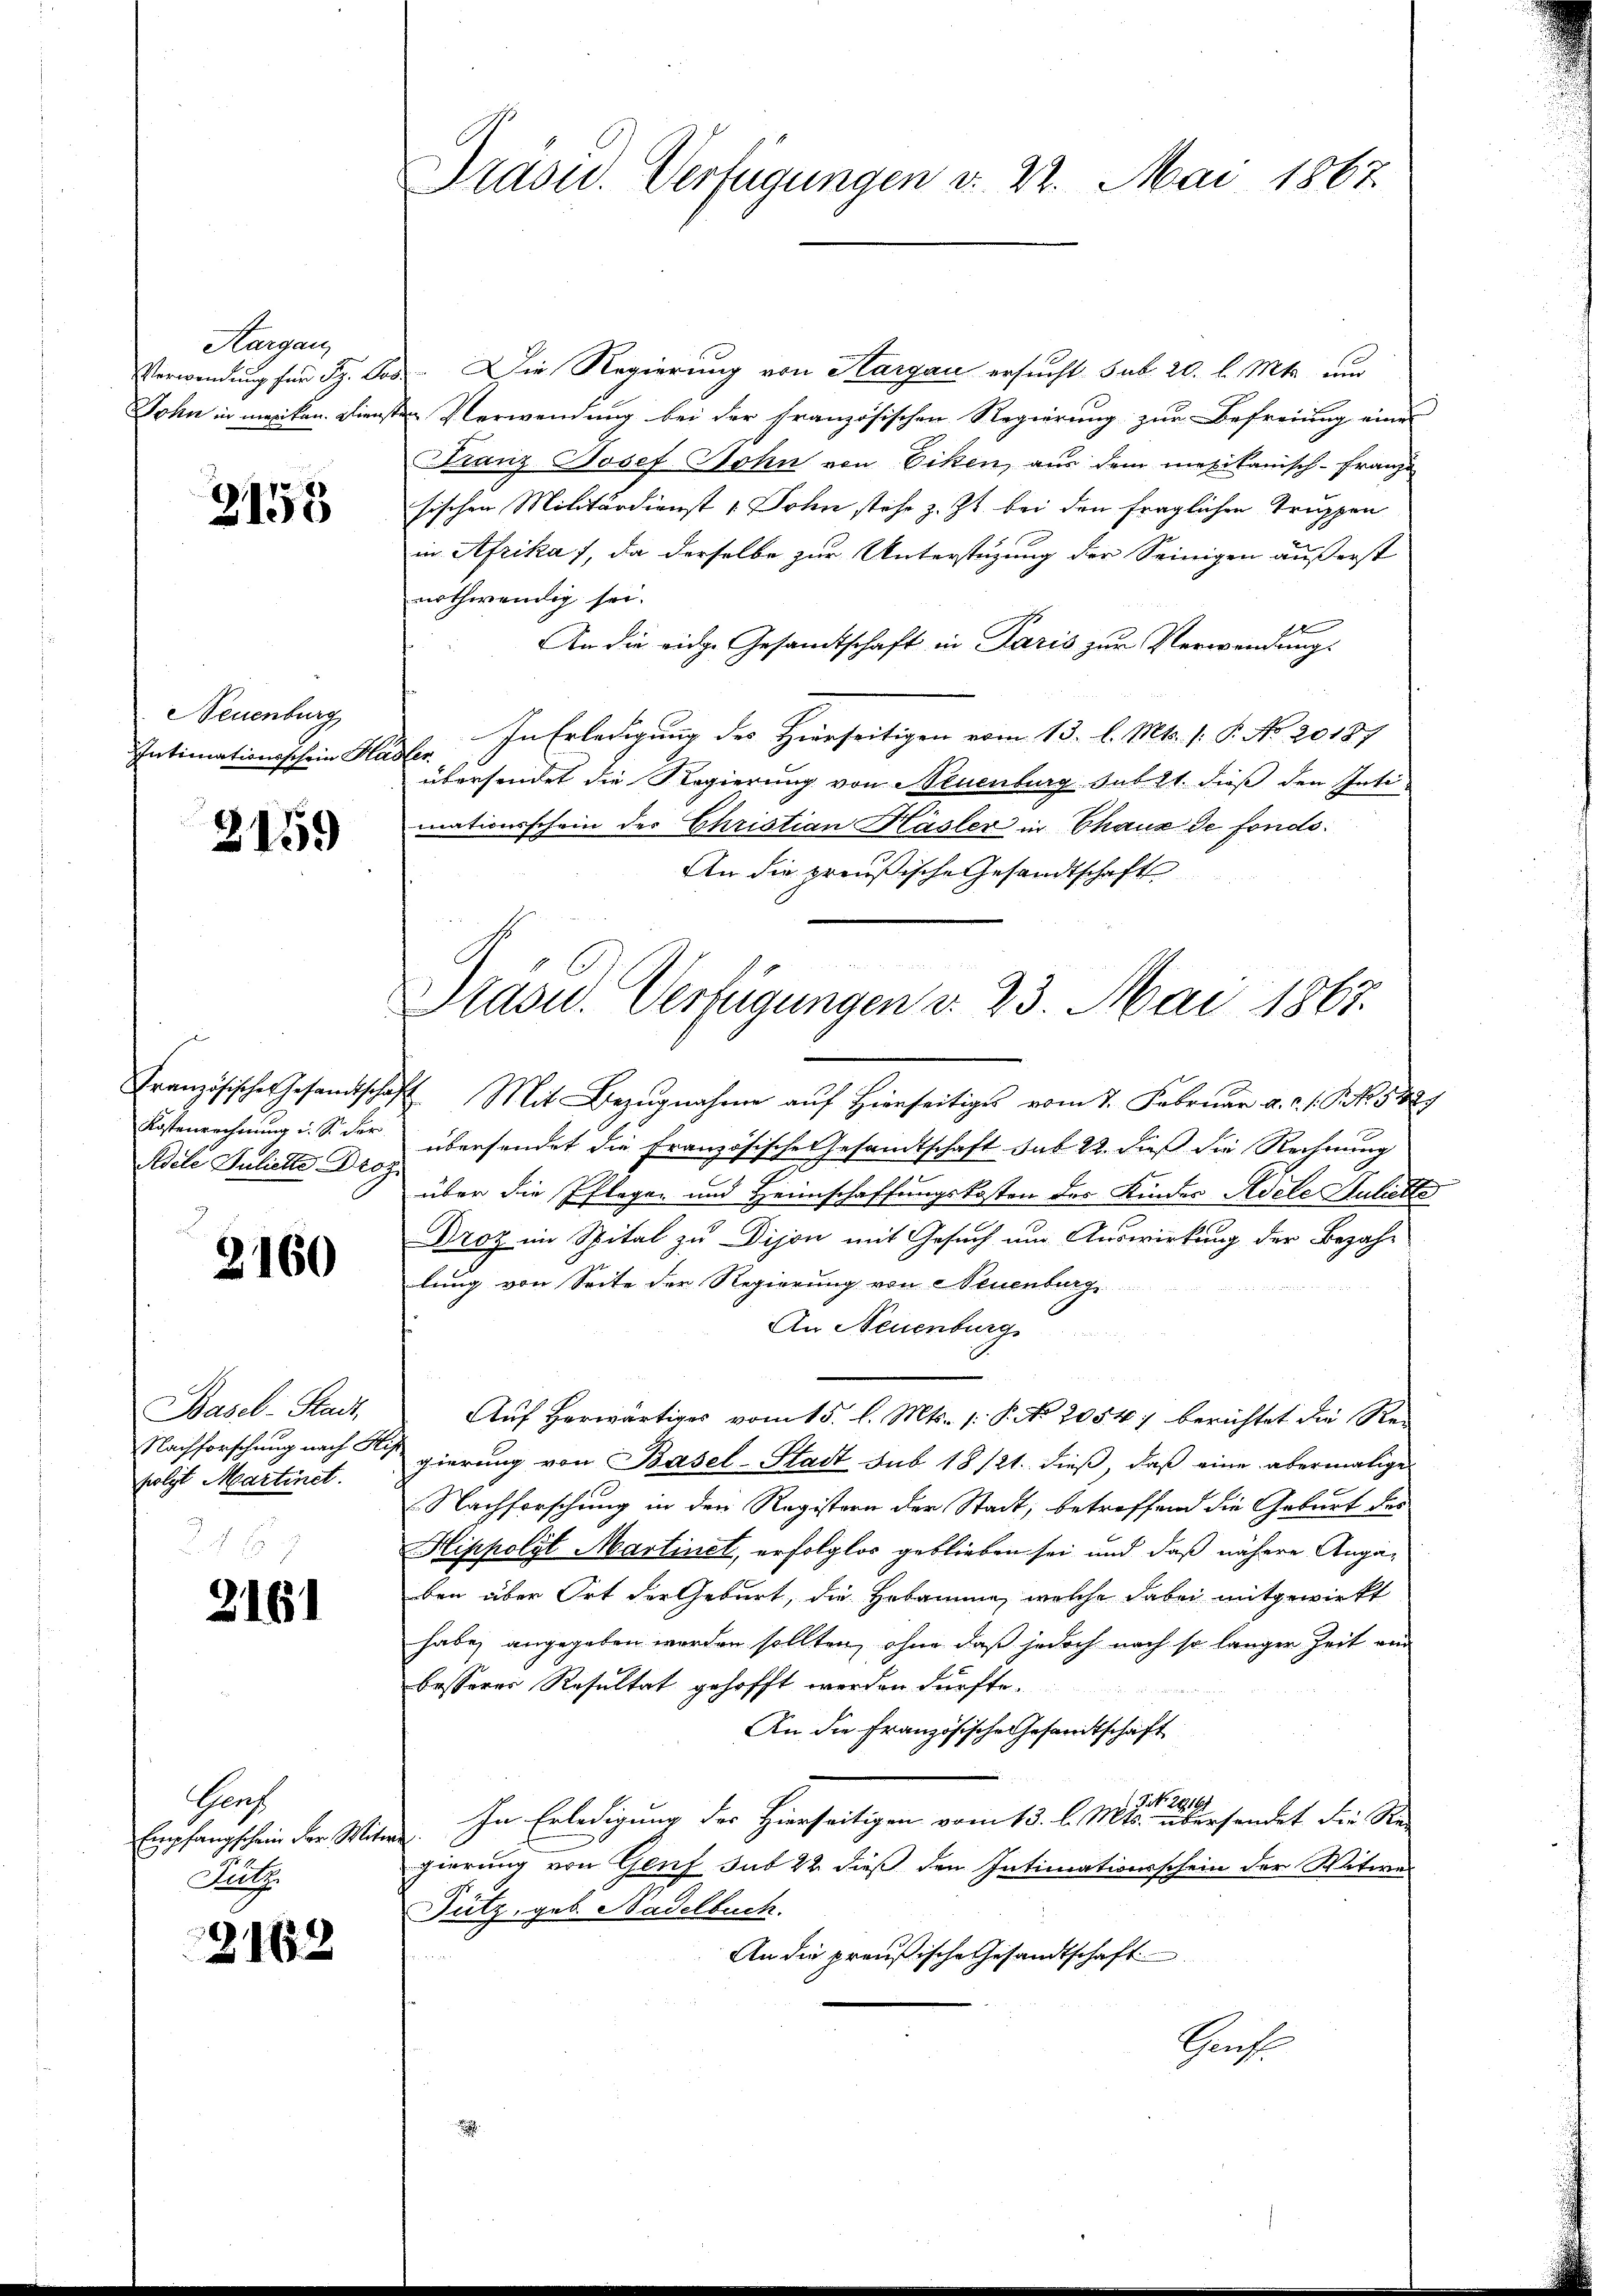
Aargau,

2153

Neuenburg
Intimationsschein Hadler

2159

Kostenrechnung u. S. der
Adele Juliche Droz.

2160

Basel-Stadt.
folgt Martinet.

2161

Gruf
Ruch

2162

Verwendung für Sr. Jos. Die Regierung von Sargau ersucht sub 20. l. Mts. und
John in merken. Diensten Verwendung bei der französischen Regierung zur Befreiung eines
Franz Josef Sohn von Ecken, aus dem mexikanisch-Franz
sischen Militärdienst 1 Dohn stehe z. Zt. bei den fraglichen Truppen
in Afrika, da derselbe zur Unterstüzung der Seinigen äußerst
nothwendig sei.
An die eidge Gesandtschaft in Paris zur Verwendungs
In Erledigung des Hierseitigen vom 13. l. Mts. s. P. No 20187
übersendet die Regierung von Neuenburg sub 21. dieß den Inti
mationsschein der Christian Hasler in Chaux de fonds¬
An die preußische Gesandtschaft
Französisches Gesandtschaft Mit Bezŭgnahme auf Hierseitiges vom 2. Februar a. c. s. Z. 4. 5829
übersendet die Französische Gesandtschaft sub 22. dieß die Rechnung
J
über die Pflegen und Heimschaffungskosten des Kindes Adele Huliette
Droz im Spital zu Dijon mit Gesuch um Auswirkung der Bezahlung von Seite der Regierung von Neuenburg
An Neuenburg
Auf herwärtiges vom 15. l. Mts. (: P. No 2054) berichtet die Re-
Nachforschung nach Regierung von Basel-Stadt sub 18/21. dieß, daß eine abermalige
Nachforschung in den Registern der Stadt; betreffend die Geburt des
Hippolyt Martinet, erfolglos geblieben sei und daß nähere Angaben über Ort der Geburt, die Hebammen, welche dabei mitgewirkt
habe angegeben werden sollten, ohne daß jedoch nach so langer Zeit and
besserer Resultat gehofft werden dürfte.

An die Französische Gesandtschaft
¬
Empfangschein der Witwe. In Erledigung der Hierseitigen vom 13. l. Mts. an dersendet die Re-
gierung von Genf sub 22 dieß den Intimationsschein der Witwes
Fütz, geb. Nadelbuch.
An die preußische Gesandtschaft
Sache

Drasu. Verfügungen d. 22. Mai 1867.

Prasid. Verfügungen v. 23. Mai 1867.